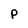
Character: P